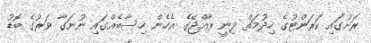
ރަށުގައި ކަރަންޓުގެ ހިދުމަތް ދިނީ ރާއްޖޭގެ އެހެން ހިސާބެއްގައި ނުނަގާ ވަރުގެ ބޮޑު